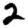
Digit: 2